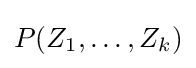
P(Z_{1},\dots ,Z_{k})